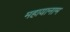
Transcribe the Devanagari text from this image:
महायानाम